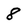
Character: 8